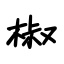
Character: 椒